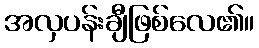
အလှပန်းချီဖြစ်လေ၏။